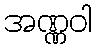
အဏ္ဏဝါ